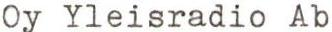
Oy Yleisradio Ab